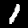
Label: 1